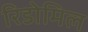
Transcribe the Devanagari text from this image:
रिडोमिल